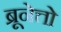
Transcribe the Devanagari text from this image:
ब्रूनेत्तो